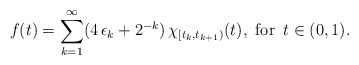
\begin{align*}f(t)=\sum_{k=1}^{\infty}(4\,\epsilon_k+2^{-k})\,\chi_{[t_k,t_{k+1})}(t),\,\,{\rm for}\,\,\,t\in(0,1).\end{align*}